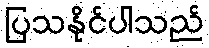
ပြသနိုင်ပါသည်